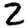
Digit: 2